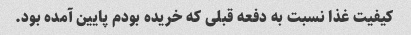
کیفیت غذا نسبت به دفعه قبلی که خریده بودم پایین آمده بود.